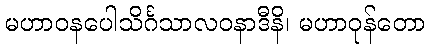
မဟာဝနပေါသိင်္ဂသာလဝနာဒီနိ၊ မဟာဝုန်တော